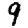
Digit: 9